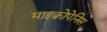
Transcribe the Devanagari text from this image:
माइक्रोपेनिस